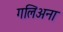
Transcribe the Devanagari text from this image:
गलिअना